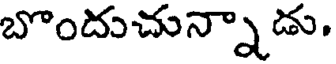
బొందుచున్నాడు,